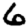
Digit: 6